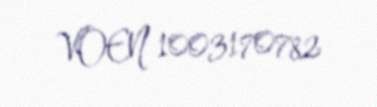
VOEN 1003170782